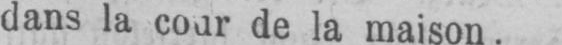
dans la cour de la maison.